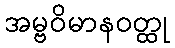
အမ္ဗဝိမာနဝတ္ထု